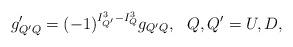
LaTeX: \begin{align*}g'_{Q'Q}={(-1)}^{I^3_{Q'}-I^3_Q}g_{Q'Q}, \ \ Q,Q'=U,D,\end{align*}